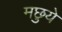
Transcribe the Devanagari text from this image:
मछुये